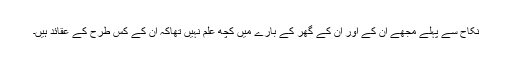
نکاح سے پہلے مجھے ان کے اور ان کے گھر کے بارے میں کچھ علم نہیں تھاکہ ان کے کس طرح کے عقائد ہیں۔